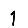
Digit: 1